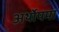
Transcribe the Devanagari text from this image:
अर्थोपमा